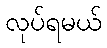
လုပ်ရမယ်